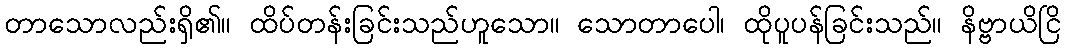
တာသောလည်းရှိ၏။ ထိပ်တန်းခြင်းသည်ဟူသော။ သောတာပေါ၊ ထိုပူပန်ခြင်းသည်။ နိဗ္ဗာယိငြိ